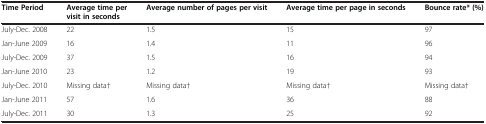
| Time Period | Average time per visit in seconds | Average number of pages per visit | Average time per page in seconds | Bounce rate* (%) |
 | --- | --- | --- | --- | --- |
 | July-Dec. 2008 | 22 | 1.5 | 15 | 97 |
 | Jan-June 2009 | 16 | 1.4 | 11 | 96 |
 | July-Dec. 2009 | 37 | 1.5 | 16 | 94 |
 | Jan-June 2010 | 23 | 1.2 | 19 | 93 |
 | July-Dec. 2010 | Missing data† | Missing data† | Missing data† | Missing data† |
 | Jan-June 2011 | 57 | 1.6 | 36 | 88 |
 | July-Dec. 2011 | 30 | 1.3 | 25 | 92 |